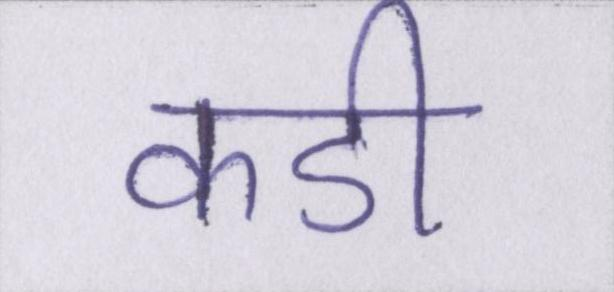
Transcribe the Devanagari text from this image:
कडी